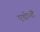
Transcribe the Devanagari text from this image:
एडोर्नों